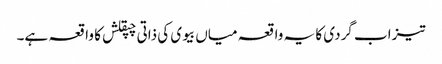
تیزاب گردی کا یہ واقعہ میاں بیوی کی ذاتی چپقلش کا واقعہ ہے۔